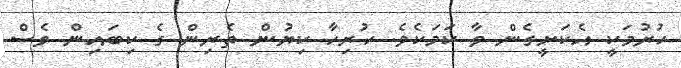
ހުރުމަކީ އެކަށީގެން ވާ ކަމަކެވެ. ހުރިހާ ކިޔުން ތެރިން ގެ ކިބައިން ވެސް